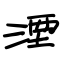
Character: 湮